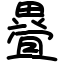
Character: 疂